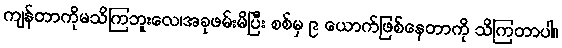
ကျန်တာကိုမသိကြဘူးလေ၊အခုဖမ်းမိပြီး စစ်မှ ၉ ယောက်ဖြစ်နေတာကို သိကြတာပါ။